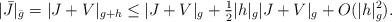
LaTeX: \begin{align*}|\bar{J}|_{\bar{g}}=|J+V|_{g+h} \le |J+V|_g + \tfrac12 |h|_g |J+ V|_g + O(|h|_g^2).\end{align*}